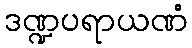
ဒဏ္ဍပရာယဏံ